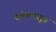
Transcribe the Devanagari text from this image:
संकल्पसूत्र